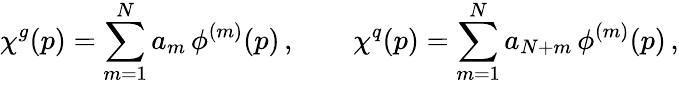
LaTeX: \chi^{g}(p)=\sum_{m=1}^{N}a_{m}\, \phi^{(m)}(p)\, ,\qquad\chi^{q}(p)=\sum_{m=1}^{N}a_{N+m}\, \phi^{(m)}(p)\, ,